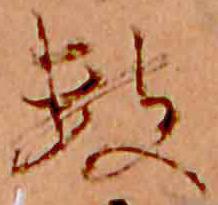
数